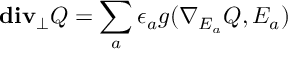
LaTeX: { \bf d i v _ { \perp } } Q = \sum _ { a } \epsilon _ { a } g ( \nabla _ { E _ { a } } Q , E _ { a } )